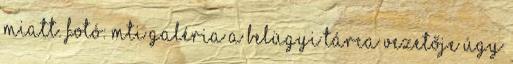
miatt. Fotó: MTI galéria A belügyi tárca vezetője úgy